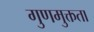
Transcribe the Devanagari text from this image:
गुणमुक्तता